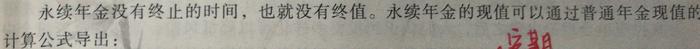
永续年金没有终止的时间，也就没有终值。永续年金的现值可以通过普通年金现值的计算公式导出：